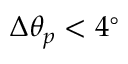
\Delta \theta _ { p } < 4 ^ { \circ }